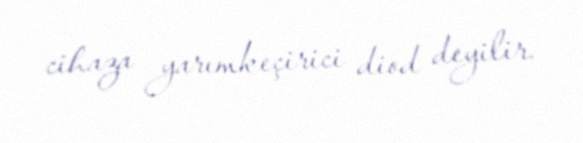
cihaza yarımkeçirici diod deyilir.